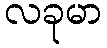
လခုမာ